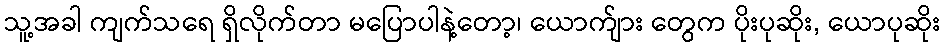
သူ့အခါ ကျက်သရေ ရှိလိုက်တာ မပြောပါနဲ့တော့၊ ယောက်ျား တွေက ပိုးပုဆိုး, ယောပုဆိုး